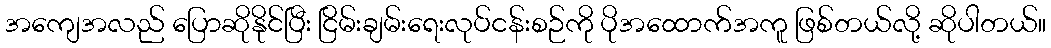
အကျေအလည် ပြောဆိုနိုင်ပြီး ငြိမ်းချမ်းရေးလုပ်ငန်းစဉ်ကို ပိုအထောက်အကူ ဖြစ်တယ်လို့ ဆိုပါတယ်။